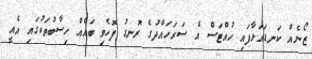
ޒޯނެއް ކަނޑައަޅާފައި ހުއްޓަސް އެ ސަރަހައްދުގެ ރޮނގު ފޮހެވި ބައެއް ހިސާބުތަކުގައި އެއީ